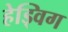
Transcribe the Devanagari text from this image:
हेड्विग